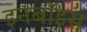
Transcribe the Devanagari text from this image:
इनबॉइस